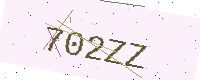
Text: 702ZZ